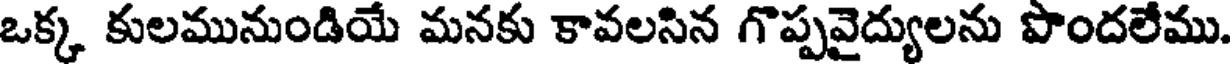
ఒక్క కులమునుండియే మనకు కావలసిన గొప్పవైద్యులను పొందలేము.